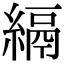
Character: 𦃔